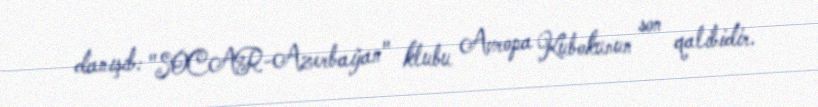
danışıb: "SOCAR-Azerbaijan" klubu Avropa Kubokunun son qalibidir.